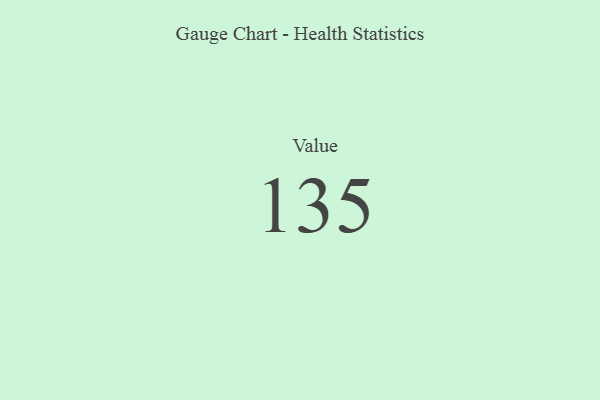
{"axis": {"x": "Metric", "y": "Value"}, "legend": [""], "data": [{"x": "Value", "y": 135, "type": ""}]}